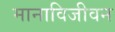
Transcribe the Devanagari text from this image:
मानाविजीवन